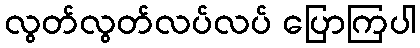
လွတ်လွတ်လပ်လပ် ပြောကြပါ